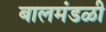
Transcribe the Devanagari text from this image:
बालमंडळी